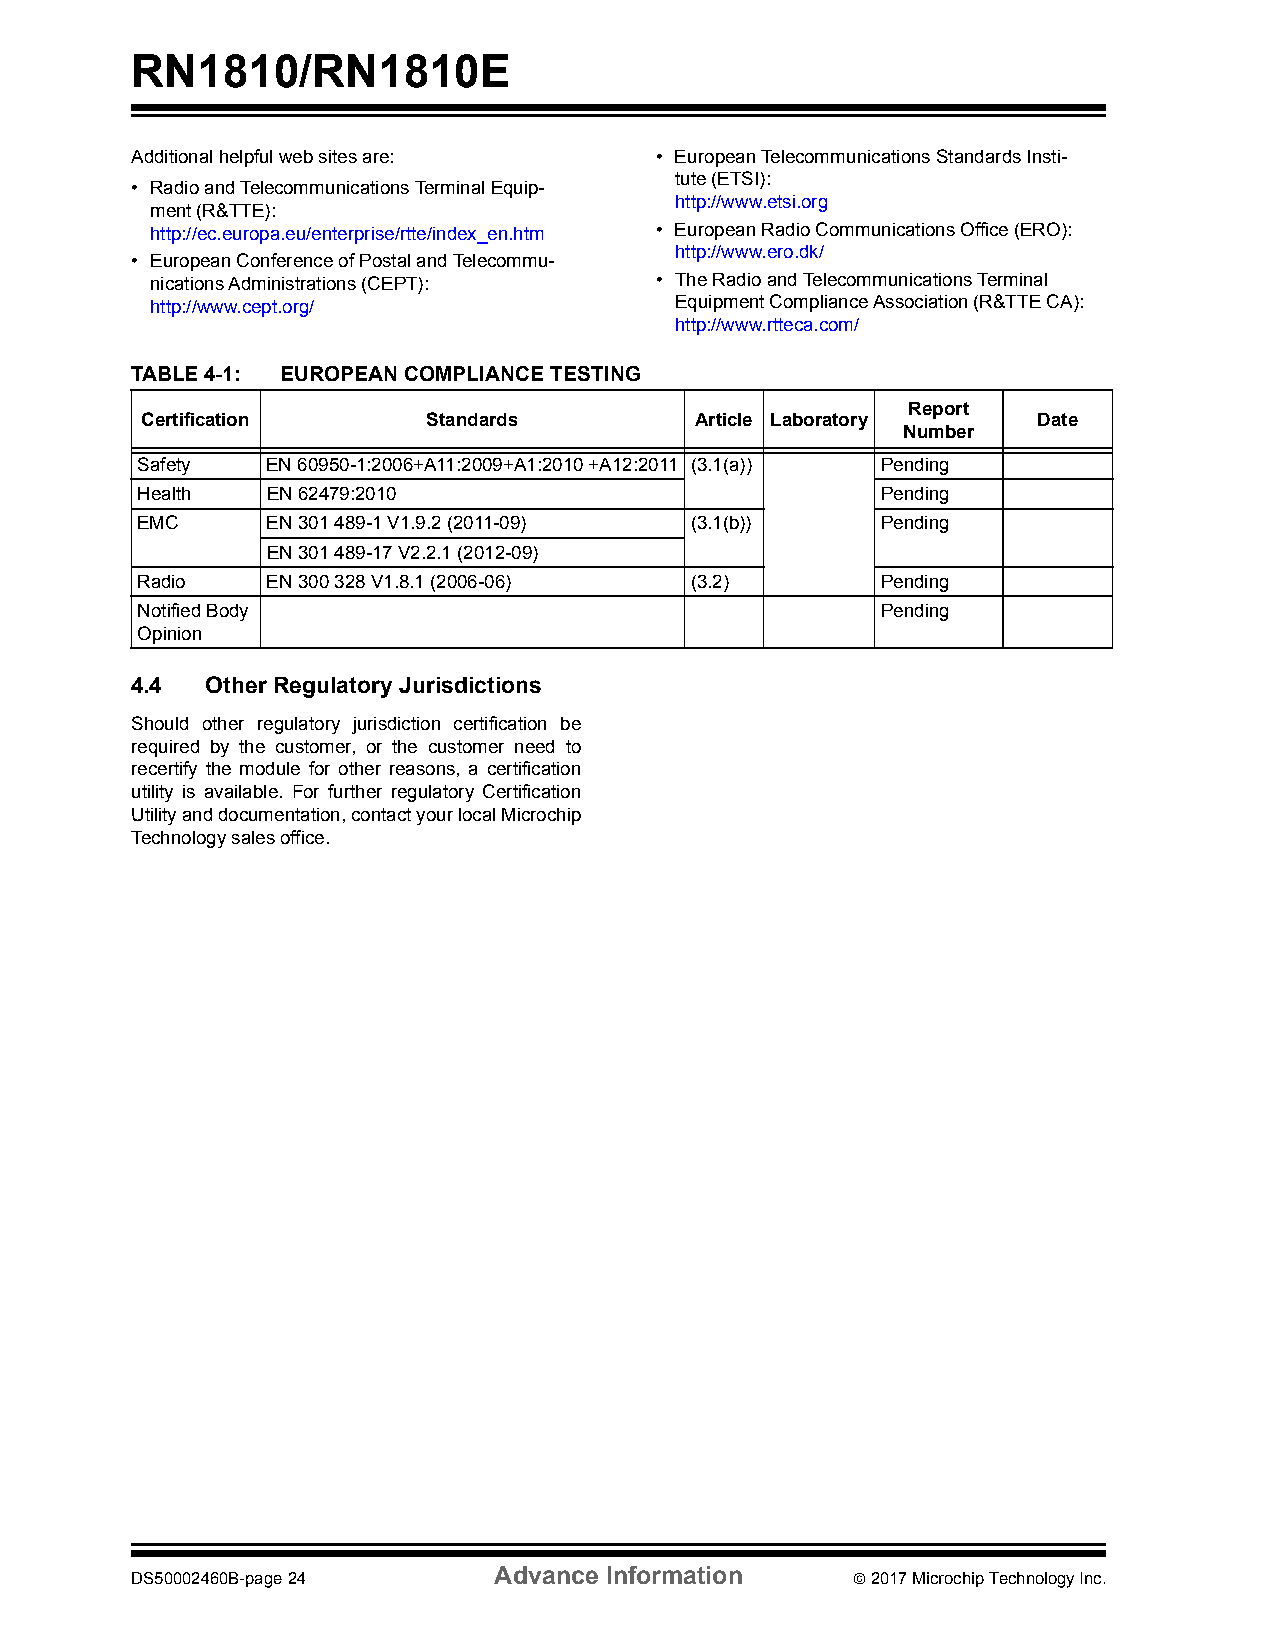
RN1810/RN1810E
 Additional helpful web sites are: • European Telecommunications Standards Insti-
 tute (ETSI):
 • Radio and Telecommunications Terminal Equip-
 http://www.etsi.org
 ment (R&TTE):
 http://ec.europa.eu/enterprise/rtte/index_en.htm • European Radio Communications Office (ERO):
 http://www.ero.dk/
 • European Conference of Postal and Telecommu-
 nications Administrations (CEPT): • The Radio and Telecommunications Terminal
 http://www.cept.org/               Equipment Compliance Association (R&TTE CA):
 http://www.rtteca.com/
 TABLE 4-1: EUROPEAN COMPLIANCE TESTING
 Report
 Certification      Standards         Article Laboratory     Date
 Number
 Safety   EN 60950-1:2006+A11:2009+A1:2010 +A12:2011 (3.1(a)) Pending
 Health   EN 62479:2010                           Pending
 EMC      EN 301 489-1 V1.9.2 (2011-09) (3.1(b))  Pending
 EN 301 489-17 V2.2.1 (2012-09)
 Radio    EN 300 328 V1.8.1 (2006-06) (3.2)       Pending
 Notified Body                                    Pending
 Opinion
 4.4  Other Regulatory Jurisdictions
 Should other regulatory jurisdiction certification be
 required by the customer, or the customer need to
 recertify the module for other reasons, a certification
 utility is available. For further regulatory Certification
 Utility and documentation, contact your local Microchip
 Technology sales office.
 Advance Information
 DS50002460B-page 24                             2017 Microchip Technology Inc.